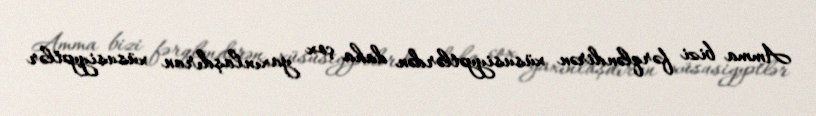
Amma bizi fərqləndirən xüsusiyyətlərdən daha çox yaxınlaşdıran xüsusiyyətlər